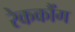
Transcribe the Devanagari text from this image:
रेककौंग